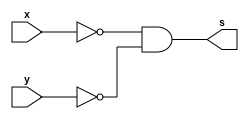
//Guia 02-4 NOR
//Nome: Matheus Felipe Silva Evangelista

module nor_cnand(s,x,y);
output s;
input x,y;
wire t1,t2,t3;

nand n1(t1,x);
nand n2(t2,y);
nand n3(t3,t1,t2);

assign s =~(t3&t3);
endmodule

//teste
module testeNor_cnands;
reg a,b;
wire s;

//instanciando

nor_cnand nor1(s,a,b);

//main
initial begin
$display("\n Guia 02-4");
$display("\n Teste Nor com Nands");
$monitor("~(%b | %b )= %b",a,b,s);
a=0;b=0;
#1 a=0;b=1;
#1 a=1;b=0;
#1 a=1;b=1;
end

endmodule

//Resultado
/*
  ~(0 | 0 )= 1
    ~(0 | 1 )= 0
    ~(1 | 0 )= 0
    ~(1 | 1 )= 0
    */